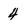
Character: 4